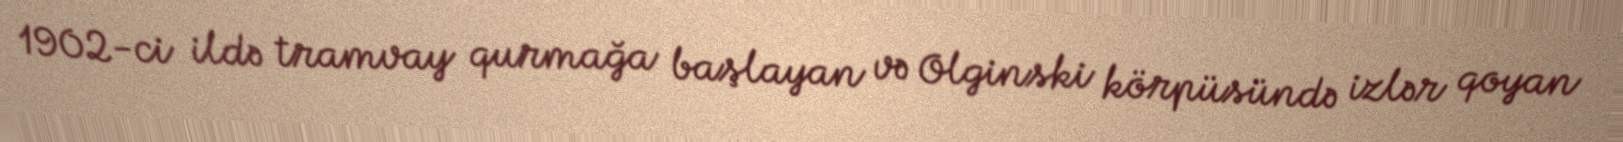
1902-ci ildə tramvay qurmağa başlayan və Olginski körpüsündə izlər qoyan